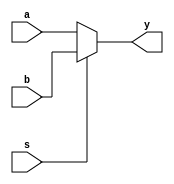
module mux2to1(output reg y, input s, b, a);
    always @(*)
        if (s) y = b;
        else y = a;
endmodule